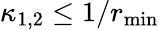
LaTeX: \kappa_{1,2}\leq 1/r_{\mathrm{min}}